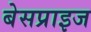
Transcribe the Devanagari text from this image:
बेसप्राइज